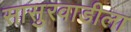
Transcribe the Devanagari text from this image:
सासुरवाडीला